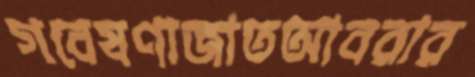
গবেষণাজাতআবরার